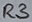
Text: R3